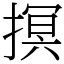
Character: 㨠